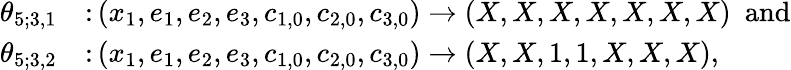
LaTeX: \begin{array}{rl}{\theta_{5;3,1}}&{\colon(x_{1},e_{1},e_{2},e_{3},c_{1,0},c_{2,0},c_{3,0})\to(X,X,X,X,X,X,X)\ \mathrm{~and}}\\ {\theta_{5;3,2}}&{\colon(x_{1},e_{1},e_{2},e_{3},c_{1,0},c_{2,0},c_{3,0})\to(X,X,1,1,X,X,X),}\end{array}